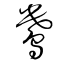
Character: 鴦